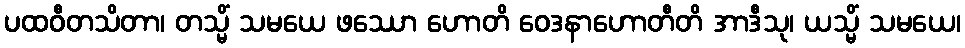
ပထဝီတသိတာ၊ တသ္မိံ သမယေ ဖဿော ဟောတိ ဝေဒနာဟောတီတိ အာဒီသု၊ ယသ္မိံ သမယေ၊